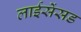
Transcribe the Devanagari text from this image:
लाईसेंसड